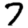
Digit: 7